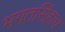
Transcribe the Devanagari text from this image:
भगतसिंहाच